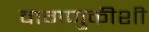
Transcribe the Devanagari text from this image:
वागणुकीशी